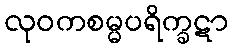
လုဝကစမ္မပရိက္ခဋာ